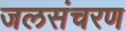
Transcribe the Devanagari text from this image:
जलसंचरण